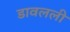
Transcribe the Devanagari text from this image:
डावलली